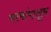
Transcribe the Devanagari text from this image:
कामांपासून